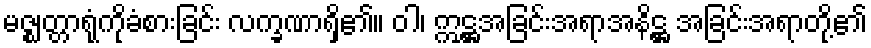
မဇ္ဈတ္တာရုံကိုခံစားခြင်း လက္ခဏာရှိ၏။ ဝါ၊ ဣဋ္ဌအခြင်းအရာအနိဋ္ဌ အခြင်းအရာတို့၏